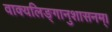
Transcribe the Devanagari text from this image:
वाक्यलिङ्गानुशासनम्।